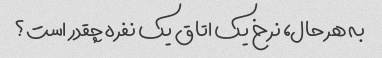
به هر حال، نرخ یک اتاق یک نفره چقدر است؟